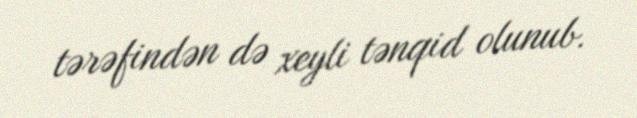
tərəfindən də xeyli tənqid olunub.